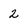
Character: 2